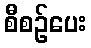
စီစဉ်ပေး